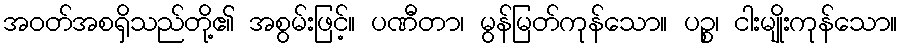
အဝတ်အစရှိသည်တို့၏ အစွမ်းဖြင့်။ ပဏီတာ၊ မွန်မြတ်ကုန်သော။ ပဉ္စ၊ ငါးမျိုးကုန်သော။